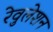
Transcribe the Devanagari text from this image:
रेवुलेशन